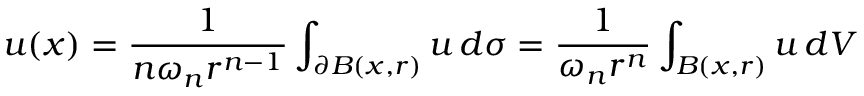
u ( x ) = { \frac { 1 } { n \omega _ { n } r ^ { n - 1 } } } \int _ { \partial B ( x , r ) } u \, d \sigma = { \frac { 1 } { \omega _ { n } r ^ { n } } } \int _ { B ( x , r ) } u \, d V